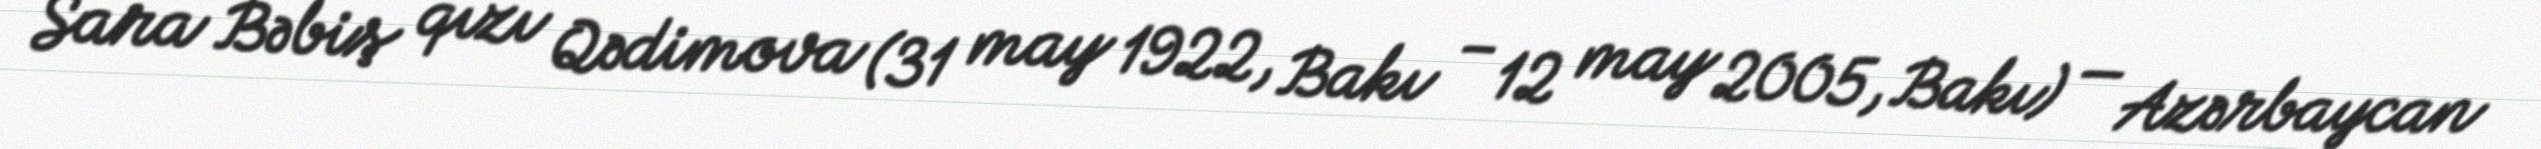
Sara Bəbiş qızı Qədimova (31 may 1922, Bakı – 12 may 2005, Bakı) — Azərbaycan